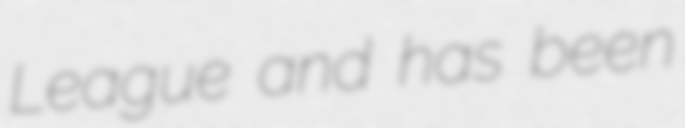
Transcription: League and has been